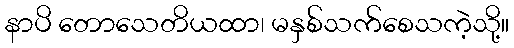
နာပိ တောသေတိယထာ၊ မနှစ်သက်စေသကဲ့သို့။